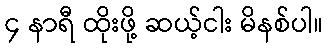
၄ နာရီ ထိုးဖို့ ဆယ့်ငါး မိနစ်ပါ။